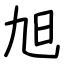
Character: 旭